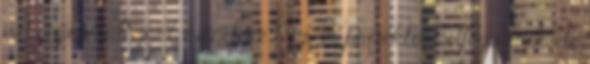
válasza VoidXs #7 üzenetére Egy 4k projektort elfogadnék, de